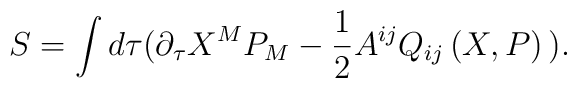
S=\int d\tau (\partial _{\tau }X^{M}P_{M}-\frac{1}{2}A^{ij}Q_{ij}\left(X,P\right) \,).